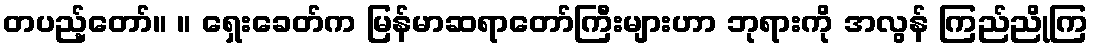
တပည့်တော်။ ။ ရှေးခေတ်က မြန်မာဆရာတော်ကြီးများဟာ ဘုရားကို အလွန် ကြည်ညိုကြ